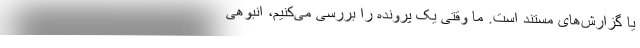
یا گزارش‌های مستند است. ما وقتی یک پرونده را بررسی می‌کنیم، انبوهی